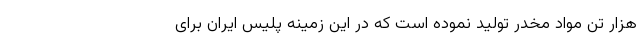
هزار تن مواد مخدر تولید نموده است که در این زمینه پلیس ایران برای